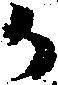
か